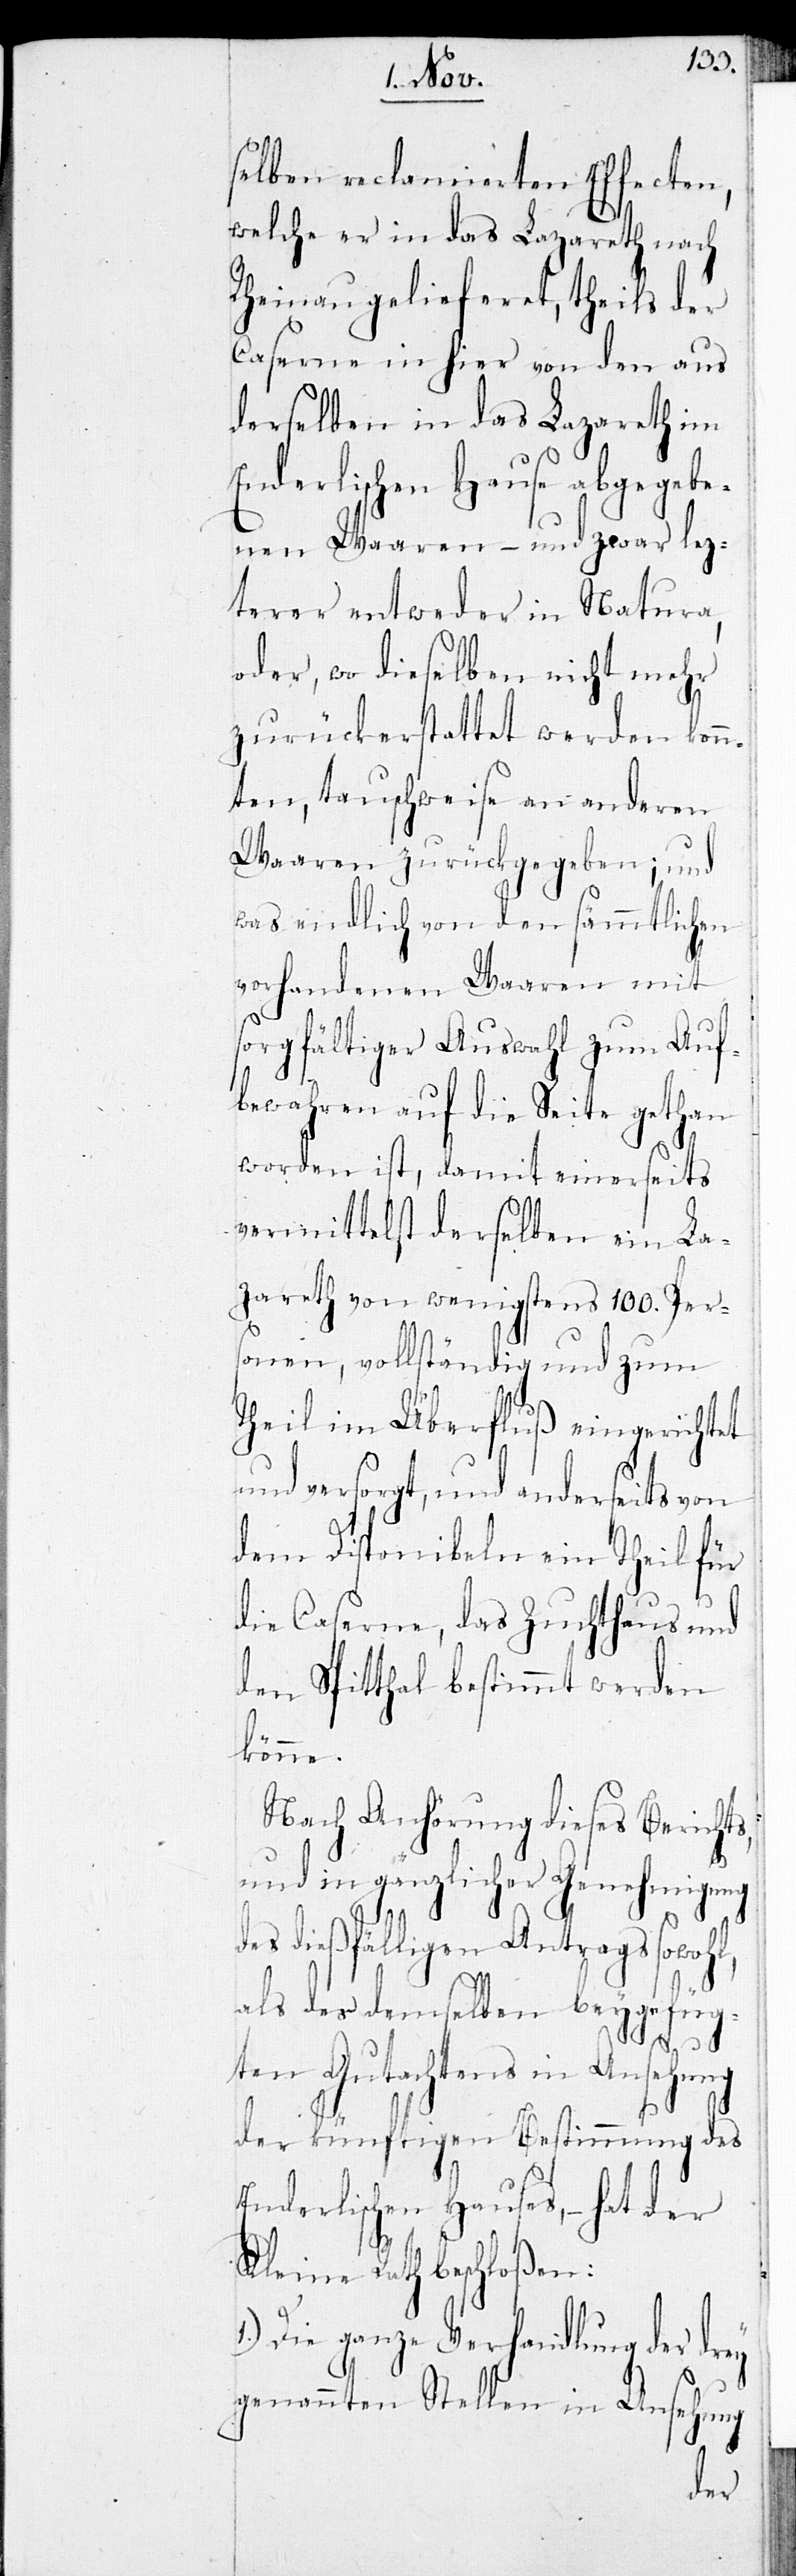
selben reclamierten Effecten,
welche er in das Lazareth nach
Rheinau gelieferet, theils der
Caserne in hier von den aus
derselben in das Lazarteh im
Enderlischen Hause abgegebe¬
nen Waaren – und zwar lez¬
terer entweder in Natura,
oder, wo dieselben nicht mehr
zurückerstattet werden könn¬
ten, tauschweise an anderen
Waaren zurückgegeben; und
was endlich von den sämmtlichen
vorhandenen Waaren mit
sorgfältiger Auswahl zum Auf¬
bewahren auf die Seite gethan
worden ist, damit einerseits
vermittelst derselben ein La¬
zareth von wenigstens 100. Pers¬
onen, vollständig und zum
Theil im Überfluß eingerichtet
und versorgt, und anderseits von
dem Disponiblen ein Theil für
die Caserne, das Zuchthaus und
den Spitthal bestimmt werden
könne.
Nach Anhörung dieses Berichts,
und in gänzlicher Genehmigung
s dießfälligen Antrags sowoh¬
als des demselben beygefüg¬
l,
ten Gutachtens in Ansehung
der künftigen Bestimmung des
Enderlischen Hauses, – hat der
Kleine Rath beschloßen:
Die ganze Verhandlung der dr¬
ey
genannten Stellen in Ansehung
de¬